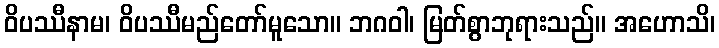
ဝိပဿီနာမ၊ ဝိပဿီမည်တော်မူသော။ ဘဂဝါ၊ မြတ်စွာဘုရားသည်။ အဟောသိ၊